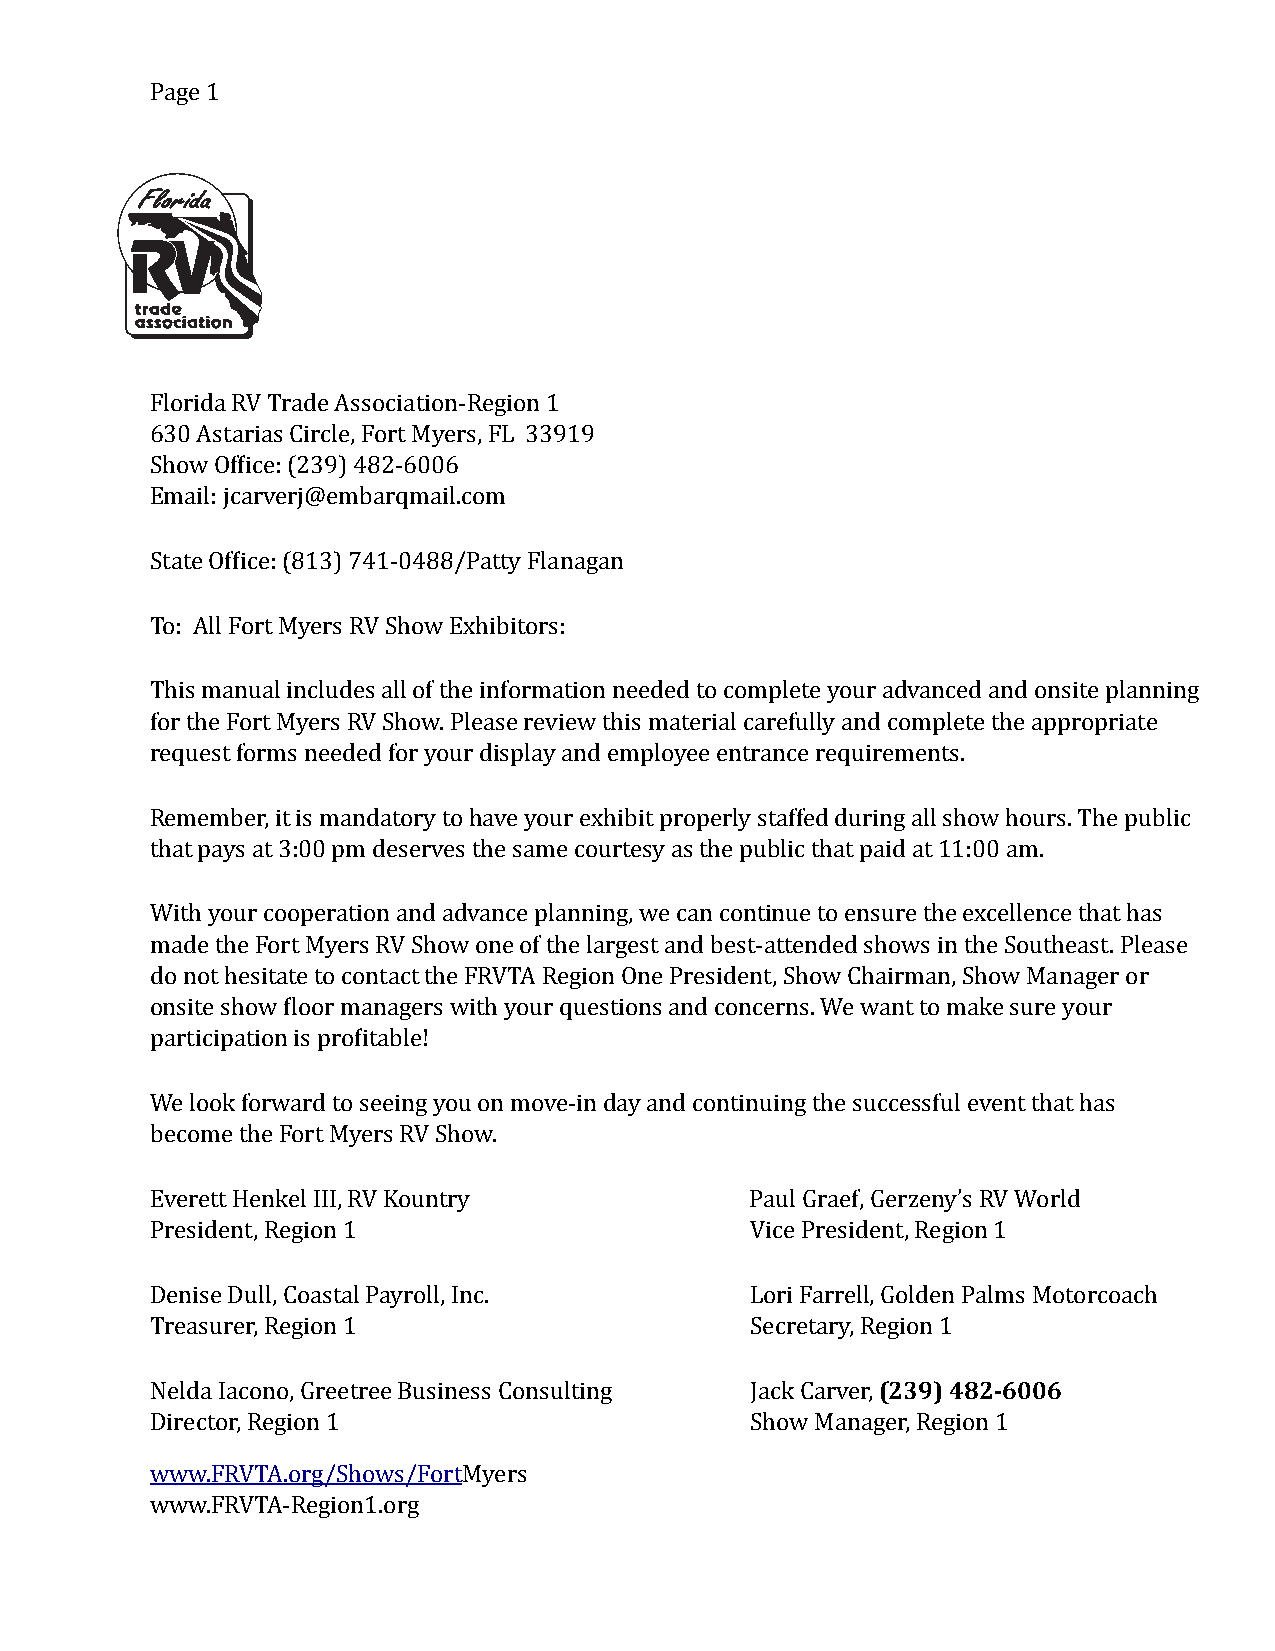
Page 1
 Florida RV Trade Association-Region 1
 630 Astarias Circle, Fort Myers, FL 33919
 Show Ofhice: (239) 482-6006
 Email: jcarverj@embarqmail.com
 State Ofhice: (813) 741-0488/Patty Flanagan
 To: All Fort Myers RV Show Exhibitors:
 This manual includes all of the information needed to complete your advanced and onsite planning
 for the Fort Myers RV Show. Please review this material carefully and complete the appropriate
 request forms needed for your display and employee entrance requirements.
 Remember, it is mandatory to have your exhibit properly staffed during all show hours. The public
 that pays at 3:00 pm deserves the same courtesy as the public that paid at 11:00 am.
 With your cooperation and advance planning, we can continue to ensure the excellence that has
 made the Fort Myers RV Show one of the largest and best-attended shows in the Southeast. Please
 do not hesitate to contact the FRVTA Region One President, Show Chairman, Show Manager or
 onsite show hloor managers with your questions and concerns. We want to make sure your
 participation is prohitable!
 We look forward to seeing you on move-in day and continuing the successful event that has
 become the Fort Myers RV Show.
 Everett Henkel III, RV Kountry          Paul Graef, Gerzeny’s RV World
 President, Region 1                     Vice President, Region 1
 Denise Dull, Coastal Payroll, Inc.      Lori Farrell, Golden Palms Motorcoach
 Treasurer, Region 1                     Secretary, Region 1
 Nelda Iacono, Greetree Business Consulting Jack Carver, (239) 482-6006
 Director, Region 1                      Show Manager, Region 1
 www.FRVTA.org/Shows/FortMyers
 www.FRVTA-Region1.org